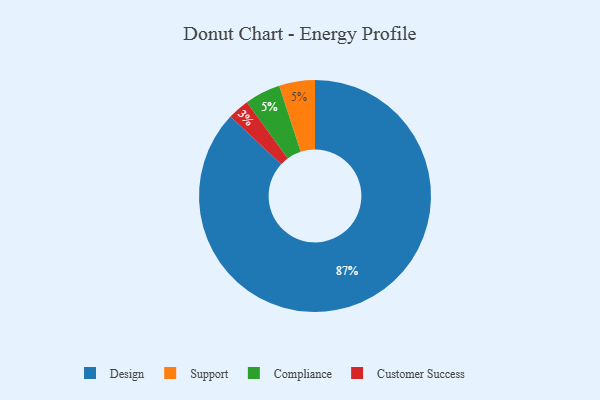
{"axis": {"x": "Category", "y": "Percentage"}, "legend": ["Compliance", "Customer Success", "Design", "Support"], "data": [{"x": "Design", "y": 87, "type": "Design"}, {"x": "Support", "y": 5, "type": "Support"}, {"x": "Customer Success", "y": 3, "type": "Customer Success"}, {"x": "Compliance", "y": 5, "type": "Compliance"}]}